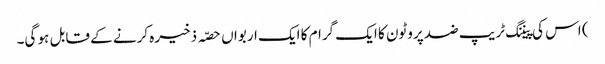
) اس کی پیننگ ٹریپ ضد پروٹون کا ایک گرام کا ایک اربواں حصّہ ذخیرہ کرنے کے قابل ہو گی۔